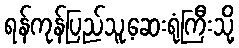
ရန်ကုန်ပြည်သူ့ဆေးရုံကြီးသို့